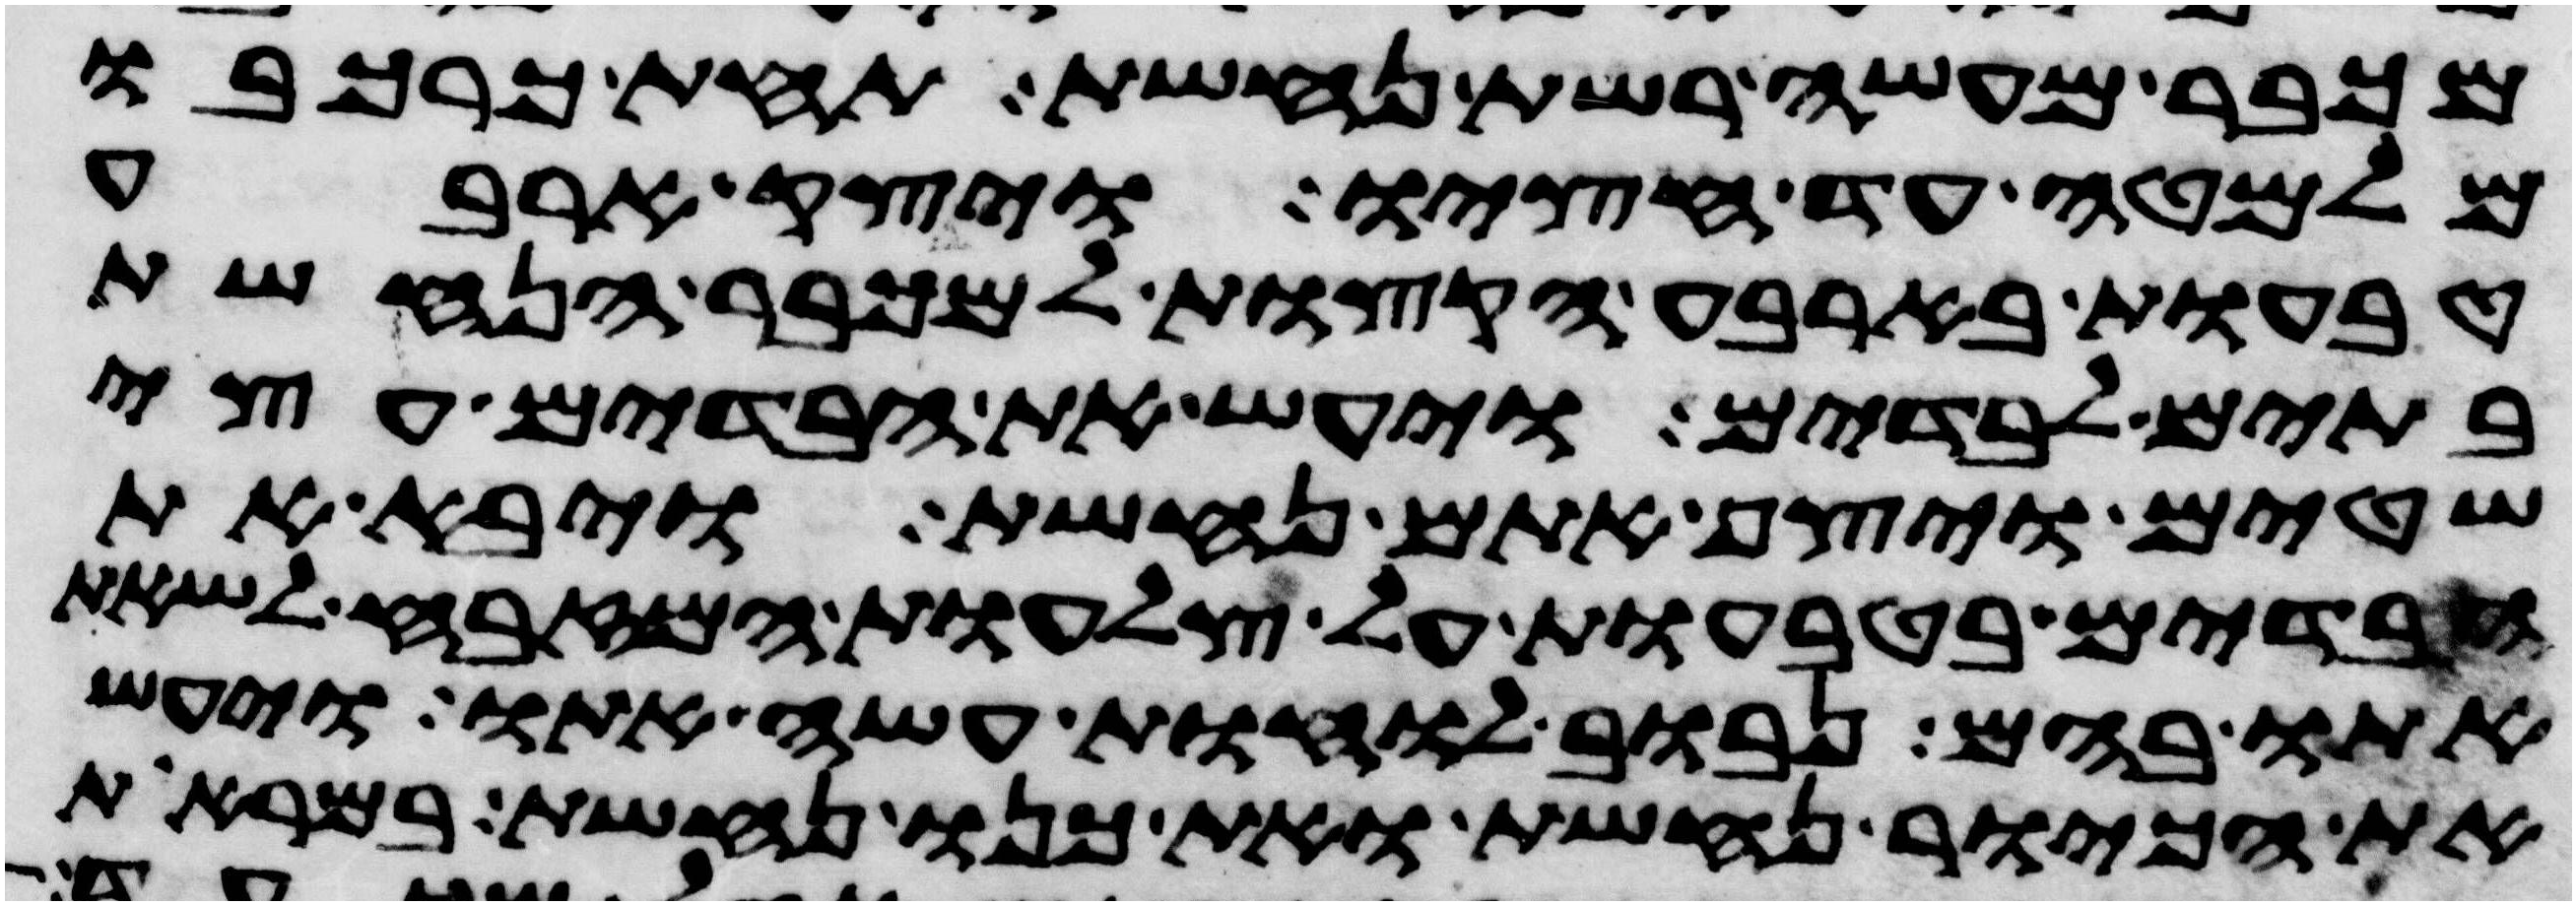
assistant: מכבר מעשה רשת נחשת תחת כרכבו
מלמטה עד חציו ויצק ארבע
טבעות בארבע הקצות למכבר הנחשת
בתים לבדים ויעש את הבדים עצי
שטים ויצף אתם נחשת ויבא את
הבדים בטבעות על צלעות המזבח לשאת
אתו בהם נבוב לוחת עשה אתו ויעש
את הכיור נחשת ואת כנו נחשת במראות